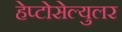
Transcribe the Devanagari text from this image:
हेप्टोसेल्युलर